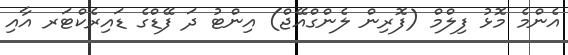
އެންމެ މޮޅު ފިލްމް (ފޮރިން ލެންގްއޭޖް) އިންޓު ދަ ފޭޑްގެ ޑައިރެކްޓަރ އާއި